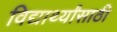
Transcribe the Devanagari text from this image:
विद्यार्थ्‍यांसाठी